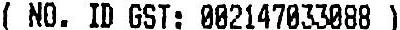
( NO. ID GST: 002147033088 )